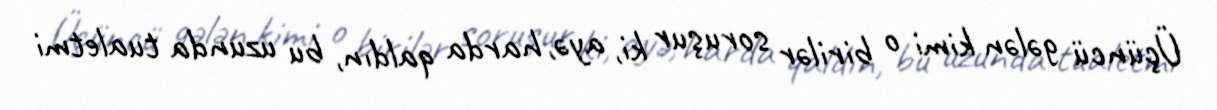
Üçüncü gələn kimi o birilər soruşur ki, ayə, harda qaldın, bu uzunda tualetmi